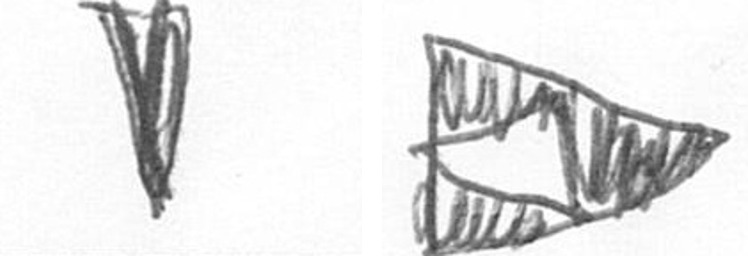
J K